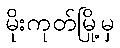
မိုးကုတ်မြို့မှ